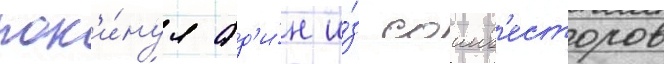
пок'и́нул од'и́н и́з соинв'есторов